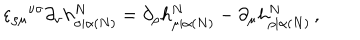
\varepsilon _ { \rho \mu } { } ^ { \nu \sigma } \partial _ { \nu } h _ { \sigma | \alpha ( N ) } ^ { N } = \partial _ { \rho } h _ { \mu | \alpha ( N ) } ^ { N } - \partial _ { \mu } h _ { \rho | \alpha ( N ) } ^ { N } \, ,